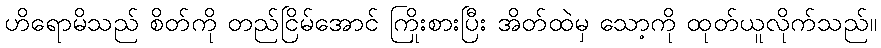
ဟိရောမိသည် စိတ်ကို တည်ငြိမ်အောင် ကြိုးစားပြီး အိတ်ထဲမှ သော့ကို ထုတ်ယူလိုက်သည်။